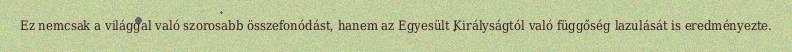
Ez nemcsak a világgal való szorosabb összefonódást, hanem az Egyesült Királyságtól való függőség lazulását is eredményezte.